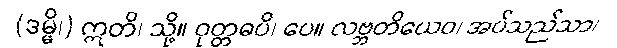
(ဒမ္မိ၊) ဣတိ၊ သို့။ ဝုတ္တဓပိ၊ ပေ။ လဗ္ဘတိယေဝ၊ အပ်သည်သာ၊